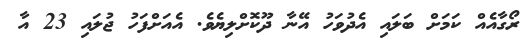
ރޯގާއެއް ކަމަށް ބަލައި އެދުވަހު އޭނާ ދޫކޮށްލިޔެވެ. އެއަށްފަހު ޖުލައި 23 އާ